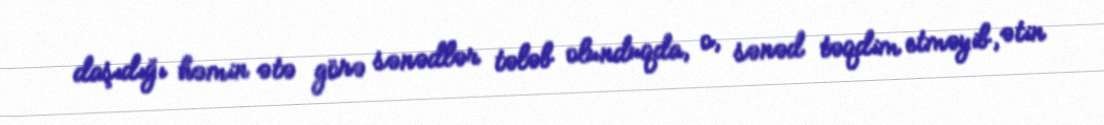
daşıdığı həmin ətə görə sənədlər tələb olunduqda, o, sənəd təqdim etməyib, ətin